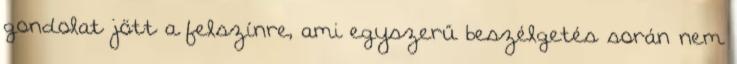
gondolat jött a felszínre, ami egyszerű beszélgetés során nem